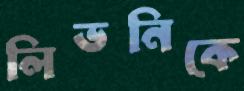
লিভনিকে